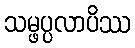
သမ္ဖပ္ပလာပိဿ